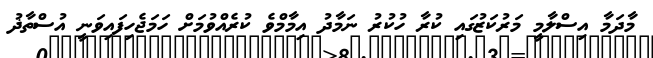
މާދަމާ އިސްލާމީ މަރުކަޒުގައި ކުރާ ހުކުރު ނަމާދު އިމާމްވެ ކުރެއްވުމަށް ހަމަޖެހިފައިވަނީ އުސްތާޛު